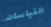
القياسات